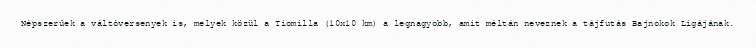
Népszerűek a váltóversenyek is, melyek közül a Tiomilla (10x10 km) a legnagyobb, amit méltán neveznek a tájfutás Bajnokok Ligájának.